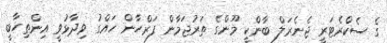
ގެ ސެކްރެޓަރީ ޖެނެރަލް ބާންކީ މޫންގެ ތަރުޖަމާން ފަރްހާން ހައްގު ވިދާޅުވީ އިންތިހާބީ